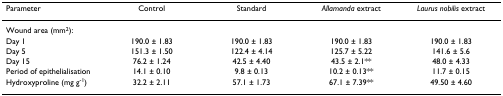
| Parameter | Control | Standard | Allamanda extract | Laurus nobilis extract |
 | --- | --- | --- | --- | --- |
 | <COLSPAN=5> Wound area (mm2): |
 | Day 1 | 190.0 ± 1.83 | 190.0 ± 1.83 | 190.0 ± 1.83 | 190.0 ± 1.83 |
 | Day 5 | 151.3 ± 1.50 | 122.4 ± 4.14 | 125.7 ± 5.22 | 141.6 ± 5.6 |
 | Day 15 | 76.2 ± 1.24 | 42.5 ± 4.40 | 43.5 ± 2.1** | 48.0 ± 4.33 |
 | Period of epithelialisation | 14.1 ± 0.10 | 9.8 ± 0.13 | 10.2 ± 0.13** | 11.7 ± 0.15 |
 | Hydroxyproline (mg g-1) | 32.2 ± 2.11 | 57.1 ± 1.73 | 67.1 ± 7.39** | 49.50 ± 4.60 |